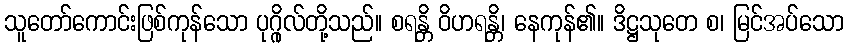
သူတော်ကောင်းဖြစ်ကုန်သော ပုဂ္ဂိုလ်တို့သည်။ စရန္တိ ဝိဟရန္တိ၊ နေကုန်၏။ ဒိဋ္ဌသုတေ စ၊ မြင်အပ်သော